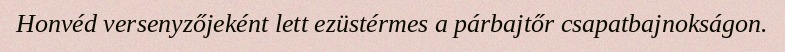
Honvéd versenyzőjeként lett ezüstérmes a párbajtőr csapatbajnokságon.